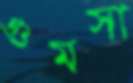
গুমসা